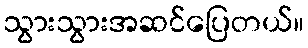
သွားသွားအဆင်ပြေတယ်။